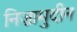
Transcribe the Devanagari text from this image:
निज़ामुदीन